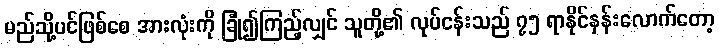
မည်သို့ပင်ဖြစ်စေ အားလုံးကို ခြုံ၍ကြည့်လျှင် သူတို့၏ လုပ်ငန်းသည် ၇၅ ရာနိုင်နှန်းလောက်တော့